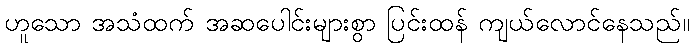
ဟူသော အသံထက် အဆပေါင်းများစွာ ပြင်းထန် ကျယ်လောင်နေသည်။